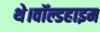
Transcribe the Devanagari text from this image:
थे।वॉल्डहाइम